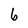
Character: 6